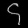
Digit: ၄